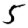
Digit: 5